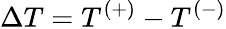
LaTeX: \Delta T=T^{(+)}-T^{(-)}